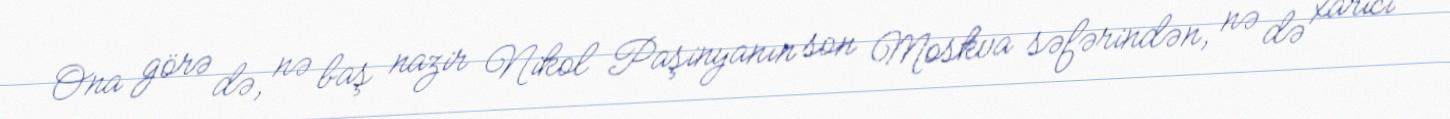
Ona görə də, nə baş nazir Nikol Paşinyanın son Moskva səfərindən, nə də xarici